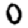
Digit: 0